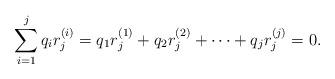
LaTeX: \begin{align*} \sum_{i=1}^j q_i r^{(i)}_j = q_1 r^{(1)}_j + q_2 r^{(2)}_j +\cdots + q_j r^{(j)}_j=0. \end{align*}